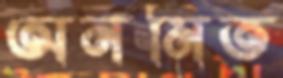
অনমিত